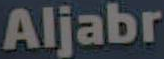
Aljabr